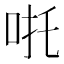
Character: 𠱹